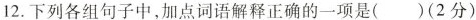
12.下列各组句子中，加点词语解释正确的一项是( )(2分)